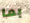
بما